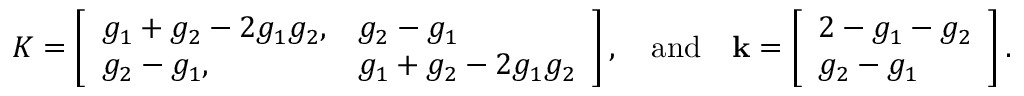
K = \left[ \begin{array} { l l } { g _ { 1 } + g _ { 2 } - 2 g _ { 1 } g _ { 2 } , } & { g _ { 2 } - g _ { 1 } } \\ { g _ { 2 } - g _ { 1 } , } & { g _ { 1 } + g _ { 2 } - 2 g _ { 1 } g _ { 2 } } \end{array} \right] , \quad \mathrm { a n d } \quad \mathbf { k } = \left[ \begin{array} { l } { 2 - g _ { 1 } - g _ { 2 } } \\ { g _ { 2 } - g _ { 1 } } \end{array} \right] .